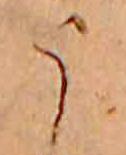
う